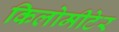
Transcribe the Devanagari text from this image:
किलोमीटेर